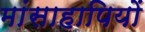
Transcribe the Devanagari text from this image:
मांसाहापियों